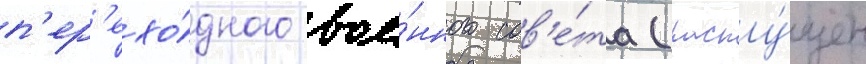
п'ер'ехо́дного вое́нного сов'е́та (распу́щен